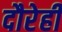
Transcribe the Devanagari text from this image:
दौरेही